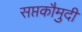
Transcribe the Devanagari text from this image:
सप्तकौमुदी